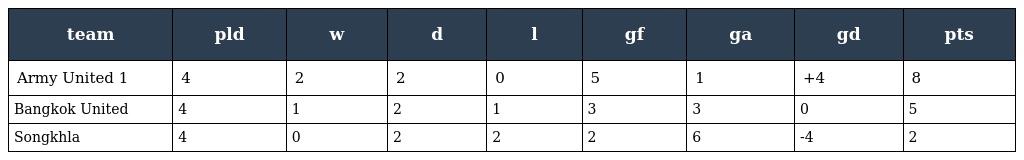
| team | pld | w | d | l | gf | ga | gd | pts |
 | --- | --- | --- | --- | --- | --- | --- | --- | --- |
 | Army United 1 | 4 | 2 | 2 | 0 | 5 | 1 | +4 | 8 |
 | Bangkok United | 4 | 1 | 2 | 1 | 3 | 3 | 0 | 5 |
 | Songkhla | 4 | 0 | 2 | 2 | 2 | 6 | -4 | 2 |